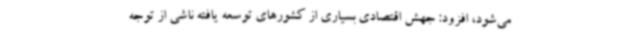
می‌شود، افزود: جهش اقتصادی بسیاری از کشورهای توسعه یافته ناشی از توجه